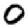
Digit: 0